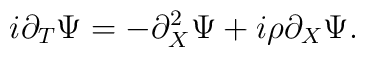
i\partial_{T}\Psi = -\partial_{X}^2 \Psi + i\rho \partial_{X}\Psi .